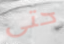
حتى